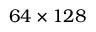
6 4 \times 1 2 8